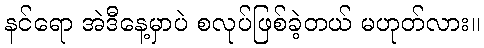
နင်ရော အဲဒီနေ့မှာပဲ စလုပ်ဖြစ်ခဲ့တယ် မဟုတ်လား။